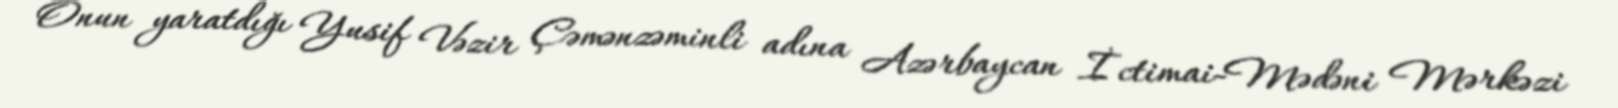
Onun yaratdığı Yusif Vəzir Çəmənzəminli adına Azərbaycan İctimai-Mədəni Mərkəzi